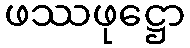
ဖဿဖုဋ္ဌော